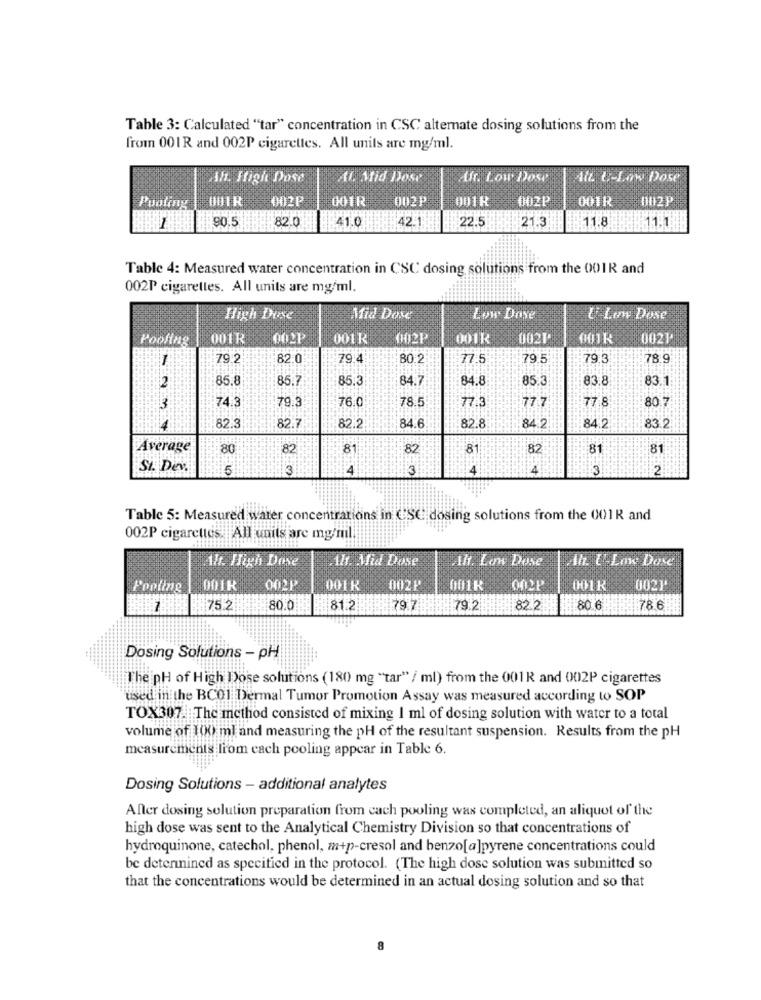
Table 3: Calculated "tar" concentration in CSC alternate dosing solutions from the
from 001R and 002P cigarettes. All units are mg/ml.
Ah. High Dose
ti. Mid Dose
Ur. Low Dose
Att &-Low Dose
002P
001R
002P
001R
002P
001R
002P
Pooling
90.5
82.0
41.0
42.1
22.5
11.8
21.3
11.1.
Table 4: Measured water concentration in CSC dosing solutions from the 001R and
002P cigarettes. All units are mg/ml.
High Dose
Mid Dose
Low Dove
U Low Dose
Pooling
001R
001R
002P
001R
0021
001K
0021
79.
82.0
79.4
80.2
77.5
79.5
79.3
78.9
2
85.8
85.7
85.3
84.7
84.8
85.3
83.8
83.1
74.
76.0
78.5
77.3
77.7
77.8
30.7
3
79.3
82.3
82.7
82.2
84.6
82.8
84.2
84.2
83.2
Average
80
82
8
82
8
82
81
81
SI. Dev.
5
3
4
3
4
4
3
2
Table 5: Measured water concentrations in CSC dosing solutions from the 001R and
002P cigarettes. All units are mg/ml.
Alt. High Dose
Alt. Mid Dose
Alt. Low Dose
Ah E Lax Dove
Pooling
001R
002P
001R
0021
001K
002P
0021
752
80.0
81.2
79.7
79.2
82.2
80.6
78.6
Dosing Solutions - pH
The pH of High Dose solutions (180 mg "tar" / ml) from the 001R and 002P cigarettes
used in the BCO1 Dermal Tumor Promotion Assay was measured according to SOP
TOX307. The method consisted of mixing I ml of dosing solution with water to a total
volume of 100 ml and measuring the pH of the resultant suspension. Results from the pH
measurements li'om cach pooling appear in Table 6.
Dosing Solutions - additional analytes
After dosing solution preparation from cach pooling was completed, an aliquot of the
high dose was sent to the Analytical Chemistry Division so that concentrations of
hydroquinone, catechol, phenol, m+p-cresol and benzo[a]pyrene concentrations could
be determined as specified in the protocol. (The high dose solution was submitted so
that the concentrations would be determined in an actual dosing solution and so that